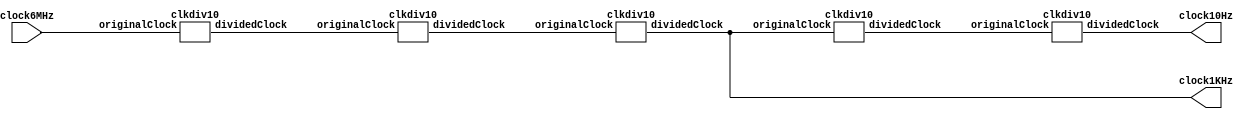
/* ----------------------------------------------------------------
 *  NbN
 *  6MHzM@MA1kHz_Ci~bN\pNbN10HzQ[p
 *  NbNM
 *  (DividingClock.v)
 * ---------------------------------------------------------------- */
 
module DividingClock(clock6MHz, clock1KHz, clock10Hz);

    input clock6MHz;        // 6MHzNbN
    output clock1KHz;       // _Ci~bN_pNbN
    output clock10Hz;       // Q[pNbN
    
    wire clock100KHz, clock10KHz;
    
    clkdiv10 C1(clock6MHz, clock100KHz);
    clkdiv10 C2(clock100KHz, clock10KHz);
    clkdiv10 C3(clock10KHz, clock1KHz);
    clkdiv10 C4(clock1KHz, clock100Hz);
    clkdiv10 C5(clock100Hz, clock10Hz);
    
endmodule

module clkdiv10(originalClock, dividedClock);
    input originalClock;
    output dividedClock;
    
    reg [2:0] count;
    reg dividedClock;
    
    always @(posedge originalClock) begin
        if (count == 3'b100) begin
            count <= 3'b000;
        end else begin
            count <= count + 1;
        end
    end
    
    always @(posedge count[2]) begin
        dividedClock <= ~dividedClock;
    end
endmodule